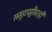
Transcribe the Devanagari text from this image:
समुद्रपट्टीवरही